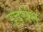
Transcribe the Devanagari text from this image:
उदयेत्‌